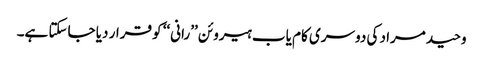
وحید مراد کی دوسری کام یاب ہیروئن ’’رانی‘‘ کو قرار دیا جاسکتا ہے۔